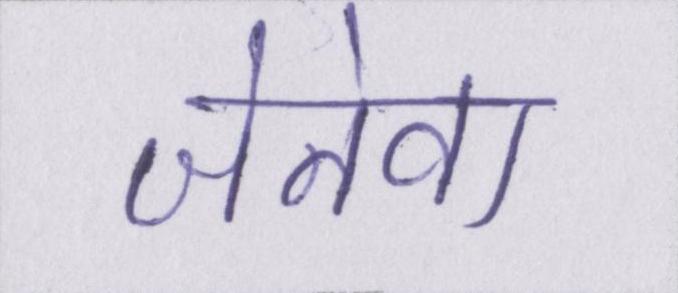
जेनेवा